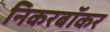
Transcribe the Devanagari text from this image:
निकरबॉकर